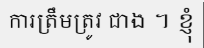
ការត្រឹមត្រូវ ជាង ។ ខ្ញុំ